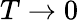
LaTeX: T\to 0